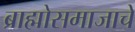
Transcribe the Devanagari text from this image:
ब्राह्मोसमाजाचे